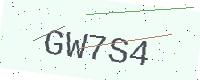
Text: GW7S4